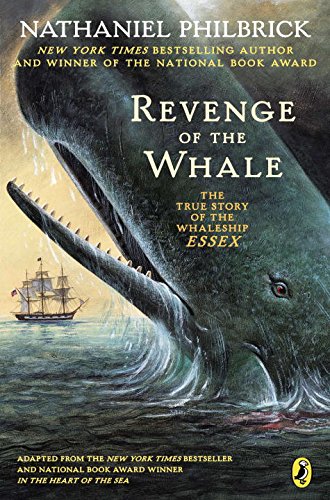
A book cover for Revenge of the Whale: The True Story of the Whaleship Essex; Nathaniel Philbrick; Children's Books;